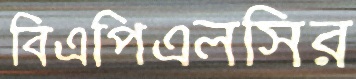
বিএপিএলসির